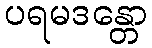
ပရမဒန္တော